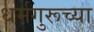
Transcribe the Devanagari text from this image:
धर्मगुरूच्या